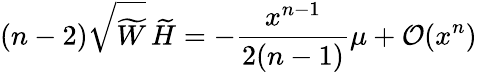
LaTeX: (n-2)\sqrt{\widetilde W}\, \widetilde H=-\frac{x^{n-1}}{2(n-1)}\mu+{\cal O}(x^{n})